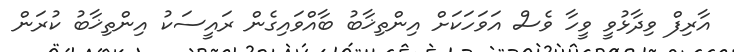
އާރިފް ވިދާޅުވީ ވީހާ ވެސް އަވަހަކަށް އިންތިޚާބު ބާއްވައިގެން ރައީސަކު އިންތިޚާބު ކުރަން